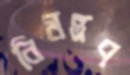
নিমন্ত্রণ